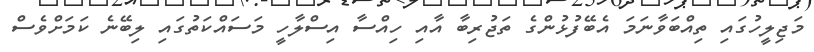
މަޖިލީހުގައި ތިއްބަވާނަމަ އެބޭފުޅުންގެ ތަޖުރިބާ އާއި ހިއްސާ އިސްލާހީ މަސައްކަތުގައި ލިބޭނެ ކަމަށްވެސް